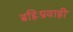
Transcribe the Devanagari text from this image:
बहिःप्रवाही